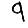
Digit: 9